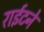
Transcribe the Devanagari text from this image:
राईटने